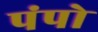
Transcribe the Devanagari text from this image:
पंपो